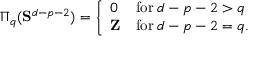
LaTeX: \Pi _ { q } ( { \bf S } ^ { d - p - 2 } ) = \left\{ \begin{array} { l l l } { { 0 } } & { { \mathrm { f o r } \; d - p - 2 > q } } \\ { { { \bf Z } } } & { { \mathrm { f o r } \; d - p - 2 = q . } } \end{array} \right.